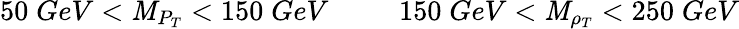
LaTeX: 50\; GeV<\mathit{M}_{P_{T}}<150\; GeV\ \ \ \ \ \ \ \ \ \ 150\; GeV<\mathit{M}_{\rho_{T}}<250\; GeV